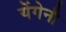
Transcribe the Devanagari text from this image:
येंगेनी